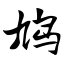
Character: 鸠